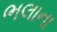
ભલાના